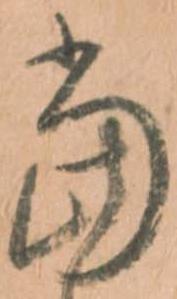
當